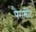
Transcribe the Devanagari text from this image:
पैरामौंट